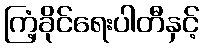
ကြံ့ခိုင်ရေးပါတီနှင့်